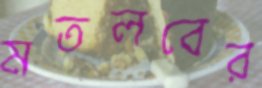
মতলবের